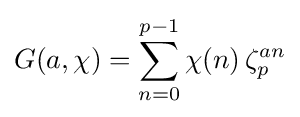
G(a,\chi )=\sum _{n=0}^{p-1}\chi (n)\,\zeta _{p}^{an}